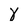
Character: X